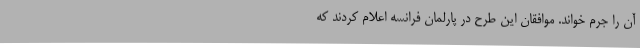
آن را جرم خواند. موافقان این طرح در پارلمان فرانسه اعلام کردند که